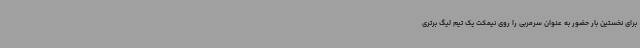
برای نخستین بار حضور به عنوان سرمربی را روی نیمکت یک تیم لیگ برتری